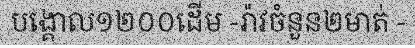
បង្គោល១២០០ដើម -រ៉ាវចំនួន២មាត់ -